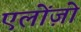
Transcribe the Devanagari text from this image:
एलोंज़ो